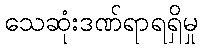
သေဆုံးဒဏ်ရာရရှိမှု